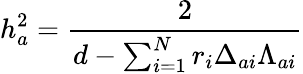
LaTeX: h_{a}^{2}={\frac{2}{d-\sum_{i=1}^{N}r_{i}\Delta_{ai}\Lambda_{ai}}}